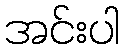
အင်းပါ